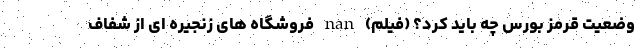
وضعیت قرمز بورس چه باید کرد؟ (فیلم) nan فروشگاه های زنجيره ای از شفاف